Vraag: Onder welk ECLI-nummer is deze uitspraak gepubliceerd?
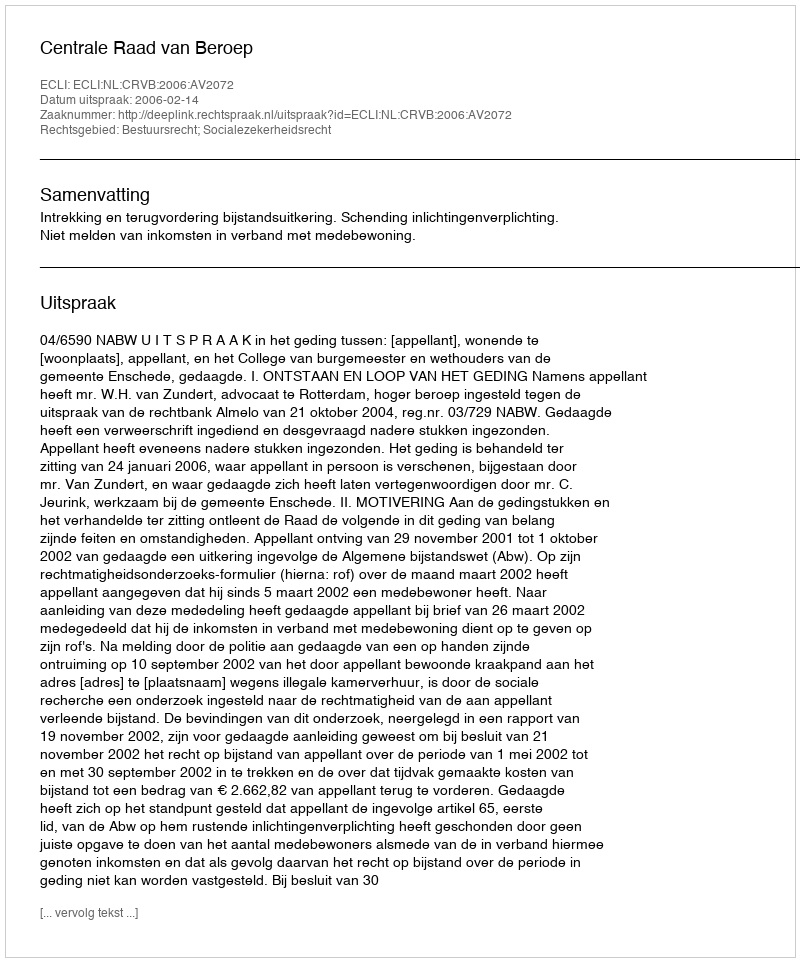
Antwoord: ECLI:NL:CRVB:2006:AV2072